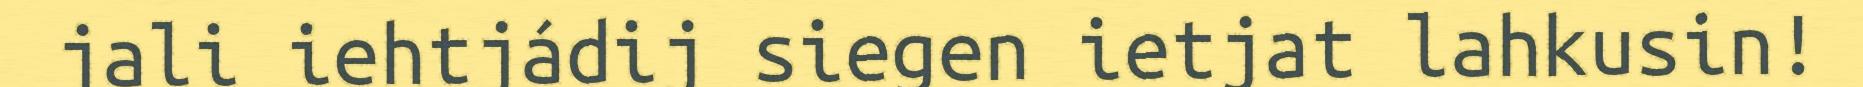
jali iehtjádij siegen ietjat lahkusin!